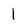
Character: 1